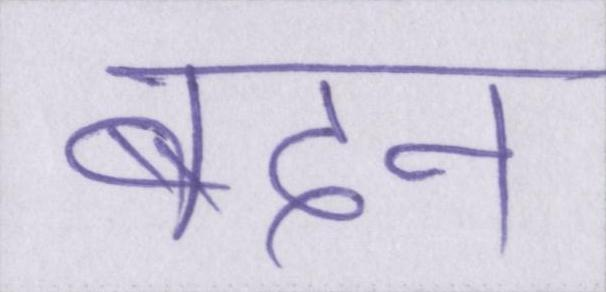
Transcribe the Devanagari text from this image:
बदन